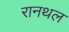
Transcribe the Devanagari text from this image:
रानथल